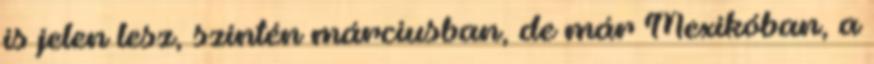
is jelen lesz, szintén márciusban, de már Mexikóban, a